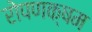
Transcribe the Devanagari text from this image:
रोपणक्षम